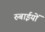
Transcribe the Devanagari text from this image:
रुबाईयों